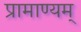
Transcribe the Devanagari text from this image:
प्रामाण्यम्